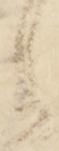
令